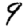
Digit: 9